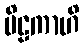
ပိဠကာဟိ